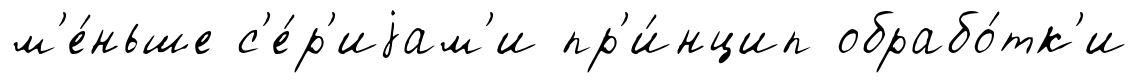
м'е́ньше с'е́р'иjам'и пр'и́нцип обрабо́тк'и